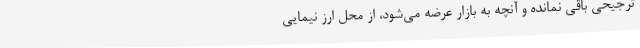
ترجیحی باقی نمانده و آنچه به بازار عرضه می‌شود، از محل ارز نیمایی